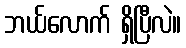
ဘယ်လောက် ရှိပြီလဲ။